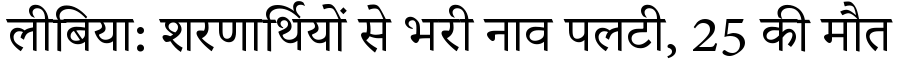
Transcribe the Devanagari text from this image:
लीबिया: शरणार्थियों से भरी नाव पलटी, 25 की मौत